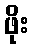
ဖိုး